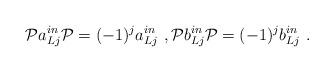
LaTeX: \begin{align*}\mathcal{P}a^{in}_{Lj}\mathcal{P}=(-1)^ja^{in}_{Lj} \ ,\mathcal{P}b^{in}_{Lj}\mathcal{P}= (-1)^jb^{in}_{Lj} \ .\end{align*}